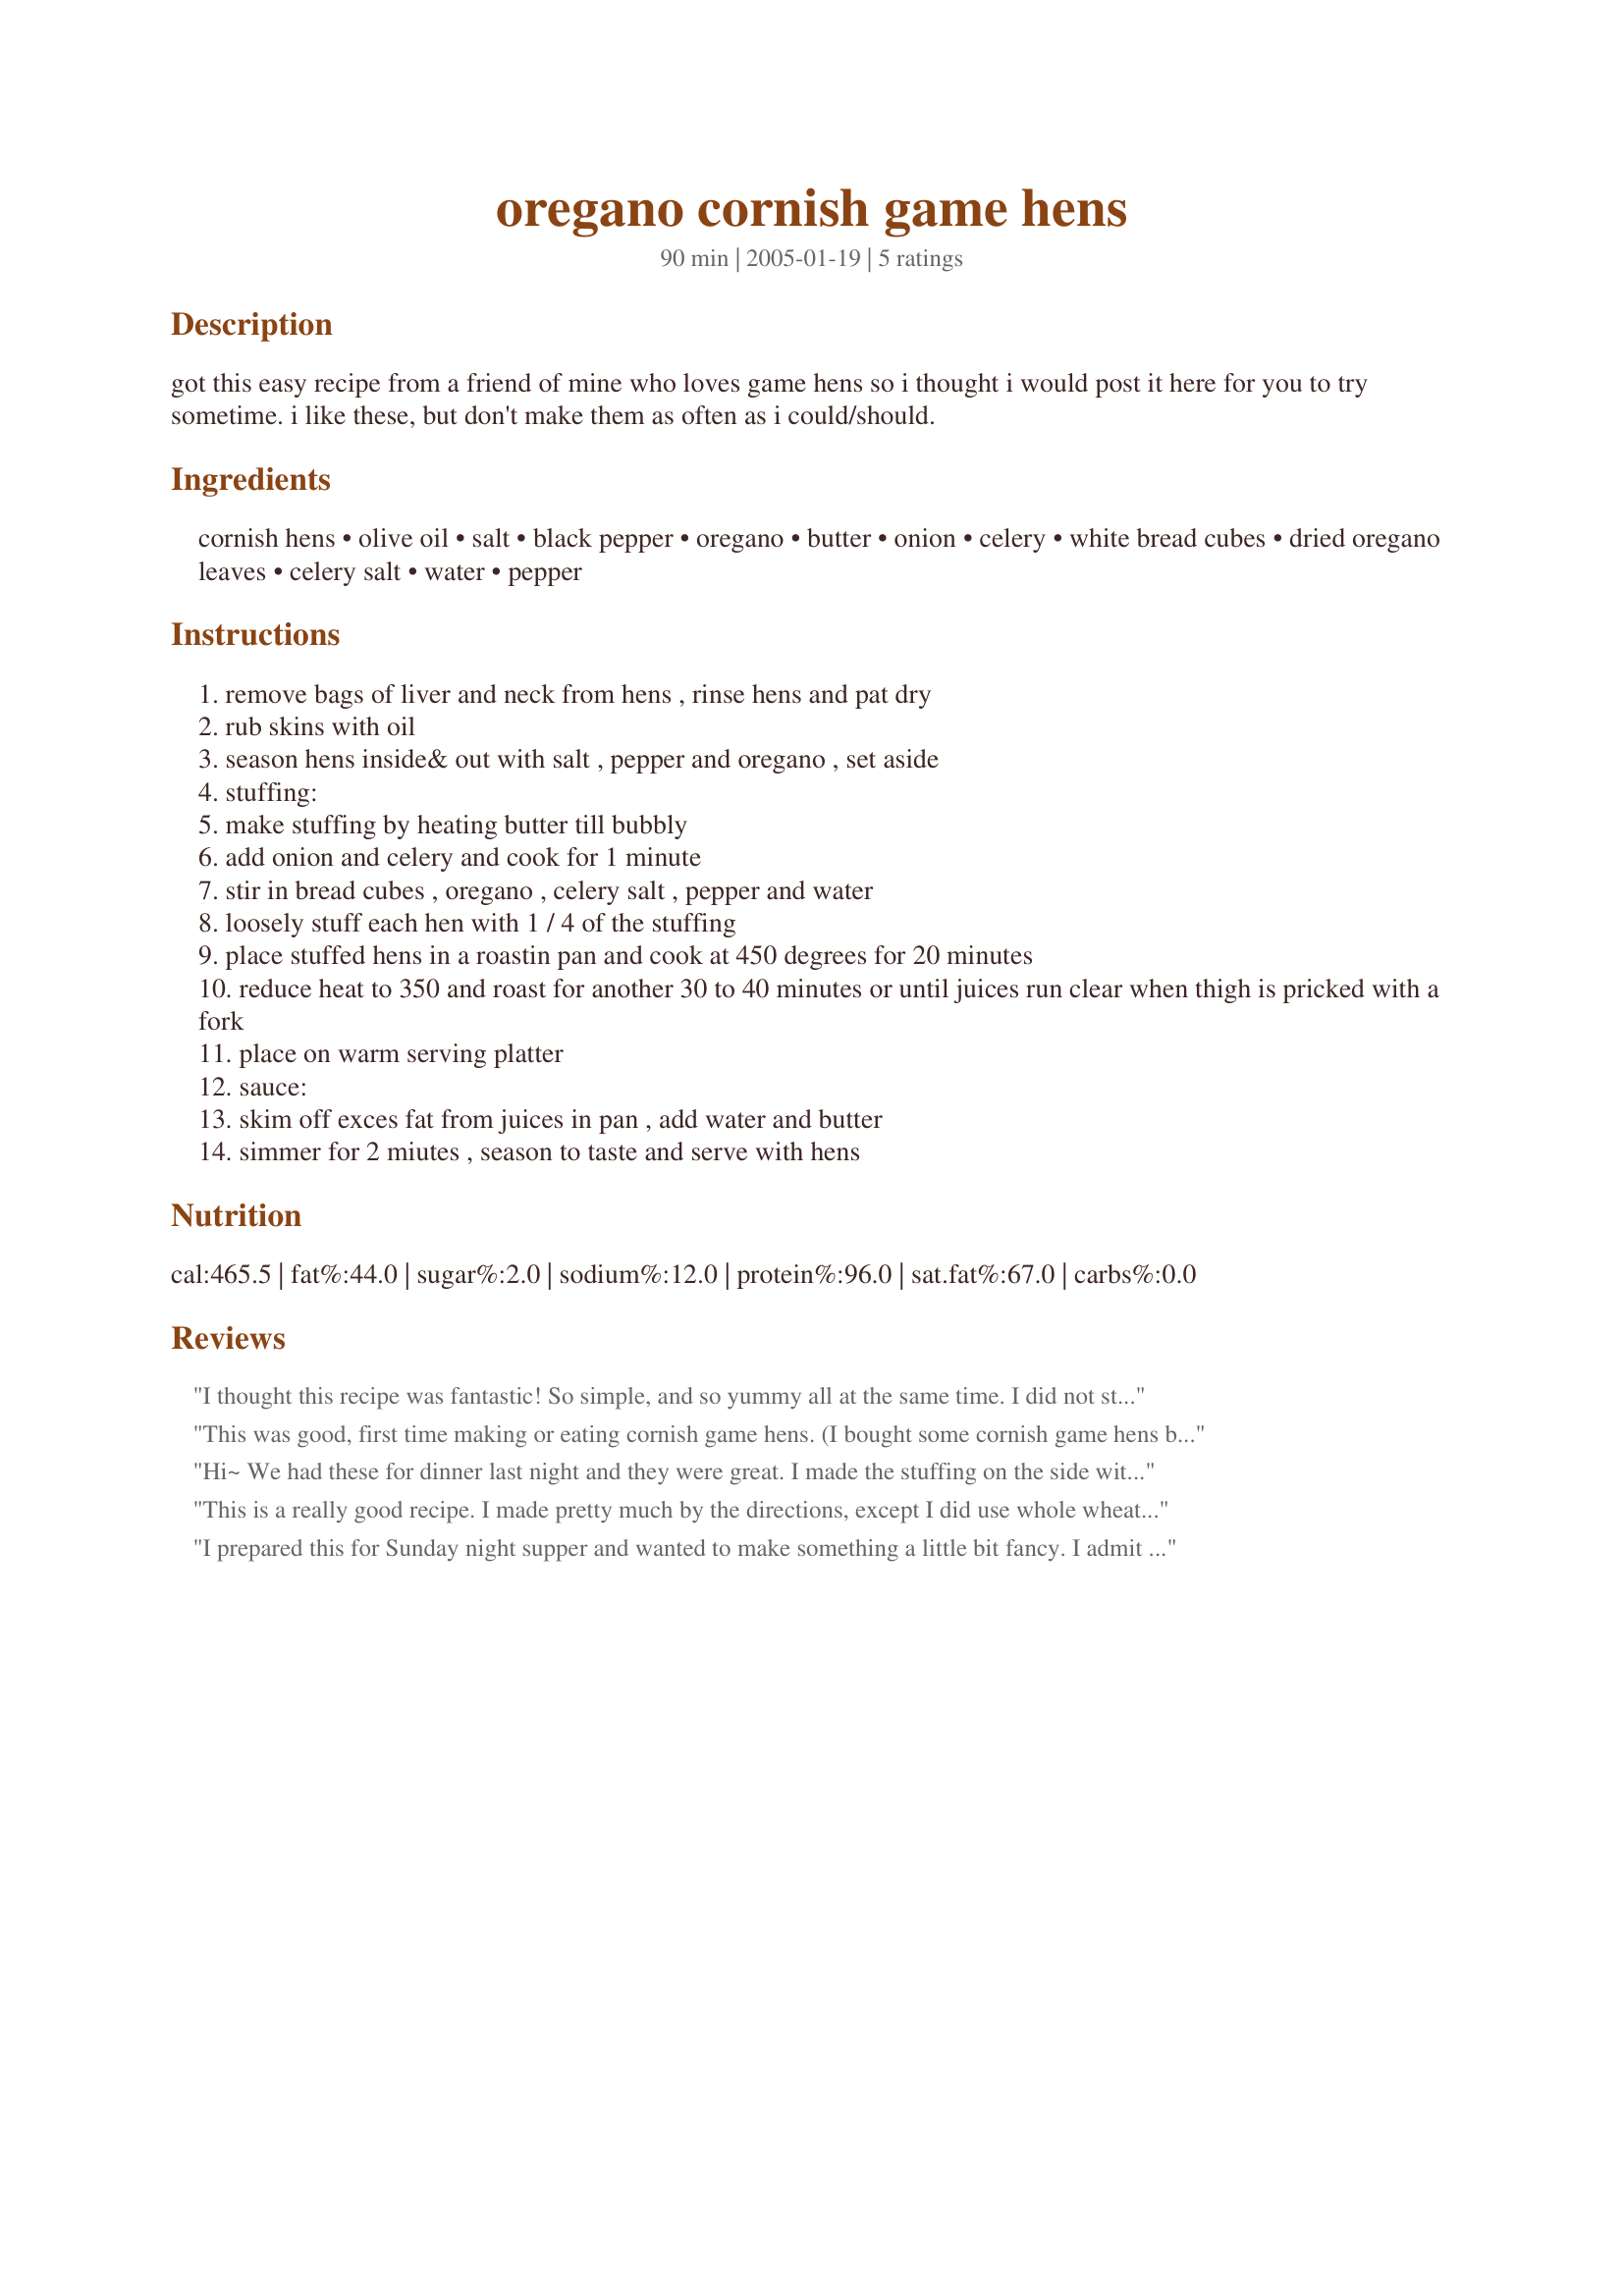
oregano cornish game hens
Preparation time: 90 minutes

got this easy recipe from a friend of mine who loves game hens so i thought i would post it here for you to try sometime. i like these, but don't make them as often as i could/should.

Ingredients:
cornish hens, olive oil, salt, black pepper, oregano, butter, onion, celery, white bread cubes, dried oregano leaves, celery salt, water, pepper

Steps:
remove bags of liver and neck from hens , rinse hens and pat dry
rub skins with oil
season hens inside& out with salt , pepper and oregano , set aside
stuffing:
make stuffing by heating butter till bubbly
add onion and celery and cook for 1 minute
stir in bread cubes , oregano , celery salt , pepper and water
loosely stuff each hen with 1 / 4 of the stuffing
place stuffed hens in a roastin pan and cook at 450 degrees for 20 minutes
reduce heat to 350 and roast for another 30 to 40 minutes or until juices run clear when thigh is pricked with a fork
place on warm serving platter
sauce:
skim off exces fat from juices in pan , add water and butter
simmer for 2 miutes , season to taste and serve with hens

Reviews:
I thought this recipe was fantastic! So simple, and so yummy all at the same time. I did not stuff the birds, however. I decided to go on ahead without that. But my fiance and I just loved this, and will make this again for sure! Thanks for the great recipe!
This was good, first time making or eating cornish game hens. (I bought some cornish game hens because they were on sale.) I had everything for this one on hand, so I tried it. Very nice, and I love stuffing, so that was a plus. The birds were very juicy and flavorful. Thanks Ozman!
Hi~

We had these for dinner last night and they were great. I made the stuffing on the side with a little added broth. The hens were full of flavor, tender and juicy.

Thanks for posting
Di
This is a really good recipe. I made pretty much by the directions, except I did use whole wheat bread, and it worked fine. I did have to cook a good bit longer than the cook time listed. I will use this recipe again.
I prepared this for Sunday night supper and wanted to make something a little bit fancy. I admit I have never stuffed a bird before and was a little reluctant but decided to take the bull by the horns and actually just do it. The only thing that I added was the juice of 1 lemon that I sqeezed over the birds as I think it works so well with oregano. These birds came out juicy and tender and the stuffing very flavorful. I also loved the sauce which took this recipe over the top. We all really enjoyed this and will be repeating this in the future.
